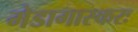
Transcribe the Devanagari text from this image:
मेडागास्करः